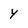
Character: Y